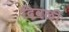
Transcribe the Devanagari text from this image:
दिवळी